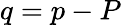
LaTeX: q=p-P